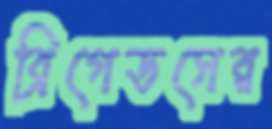
ব্রিগেডসের